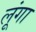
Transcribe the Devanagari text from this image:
लूूंगा